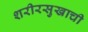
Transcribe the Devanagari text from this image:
शरीरसुखाची